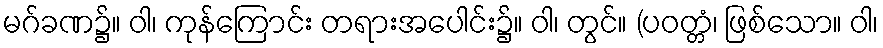
မဂ်ခဏ၌။ ဝါ၊ ကုန်ကြောင်း တရားအပေါင်း၌။ ဝါ၊ တွင်။ (ပဝတ္တံ၊ ဖြစ်သော။ ဝါ၊